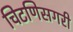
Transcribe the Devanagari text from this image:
चिटणिसगरी